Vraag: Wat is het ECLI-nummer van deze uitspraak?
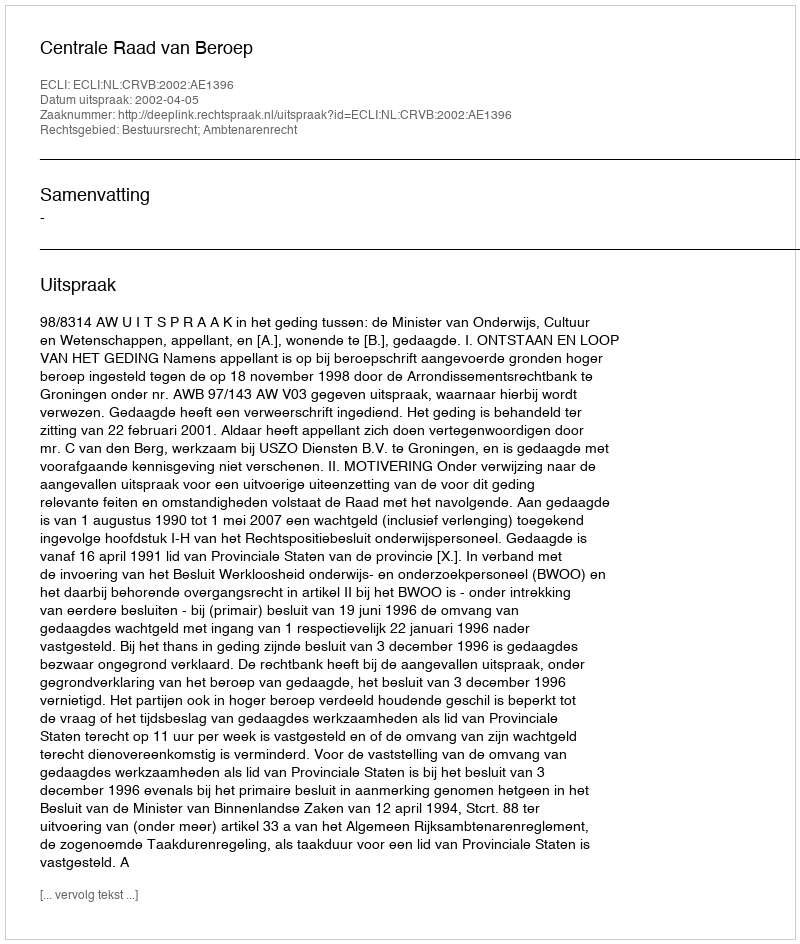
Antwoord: ECLI:NL:CRVB:2002:AE1396